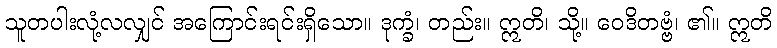
သူတပါးလုံ့လလျှင် အကြောင်းရင်းရှိသော။ ဒုက္ခံ၊ တည်း။ ဣတိ၊ သို့။ ဝေဒိတဗ္ဗံ၊ ၏။ ဣတိ